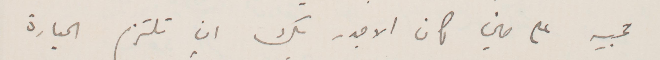
تحبه على مين كان الاجدر منك ان تلتزم المبادرة